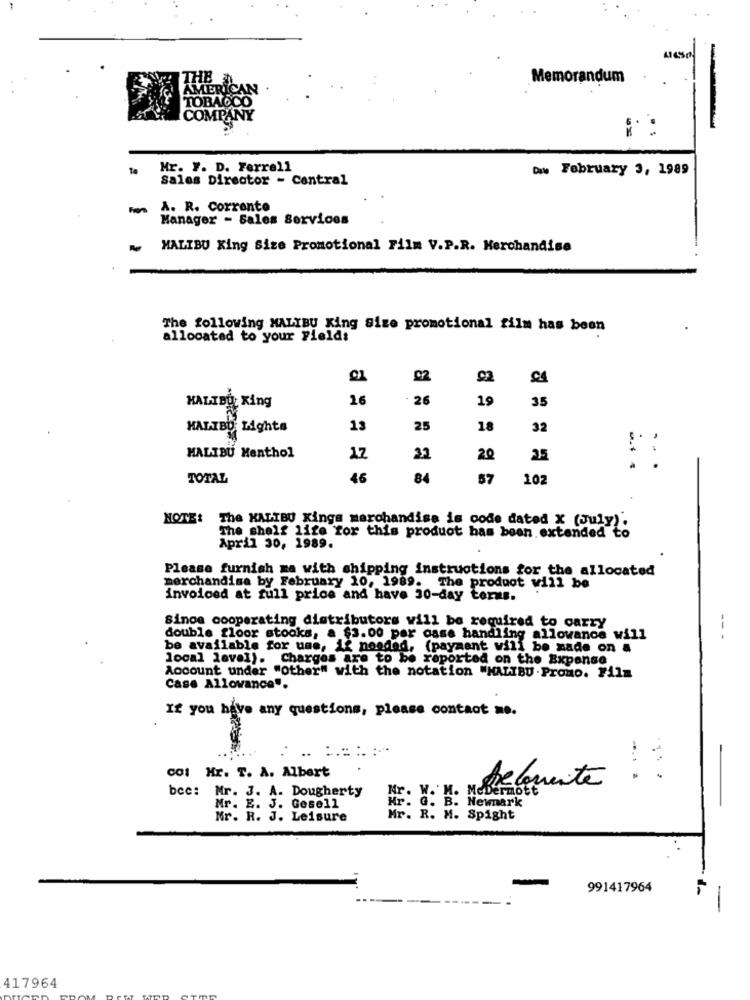
-
Memorandum
MLER
TOBAOC
COMPANY
: :
Ta
Mr. Y. D. Ferrell
Dw February 3, 1989
Sales Director - Central
From
A. R. Corrente
Manager - Sales Services
MALIBU King Size Promotional Film V.P.R. Merchandise
The following MALIBU King Size promotional film has been
allocated to your Fields
02
HALIBO King
26
- 26
19
35
MALIBU Lights
13
25
18
32
MALIBU Menthol
17
32
20
25
TOTAL
46
84
57
102
NOTE: The KALIBU Kings marchandise is code dated x (July).
The shelf life for this product has been extended to
April 30, 1989.
Please furnish me with shipping instructions for the allocated
merchandise by February 10, 1989. The product will be
invoiced at full price and have 30-day terms.
Since cooperating distributors will be required to carry
double floor stooks, a $3.00 per case handling allowance will
be available for ume, if needed, (payment will be made on a
local level). Charges are to be reported on the Expense
Account under "Other" with the notation "MALIBU .Promo. Film
Case Allowance".
If you have any questions, please contact me.
.. :::...
COI Mr. T. A. Albert
Relamente
bec: Mr. J. A. Dougherty
Mr. W. M. McDermott
Hr. G. B. Hewnark
Mr. E. J. Gesell
Mr. R. J. Leisure
Mr. R. M. Spight
991417964
-
417964